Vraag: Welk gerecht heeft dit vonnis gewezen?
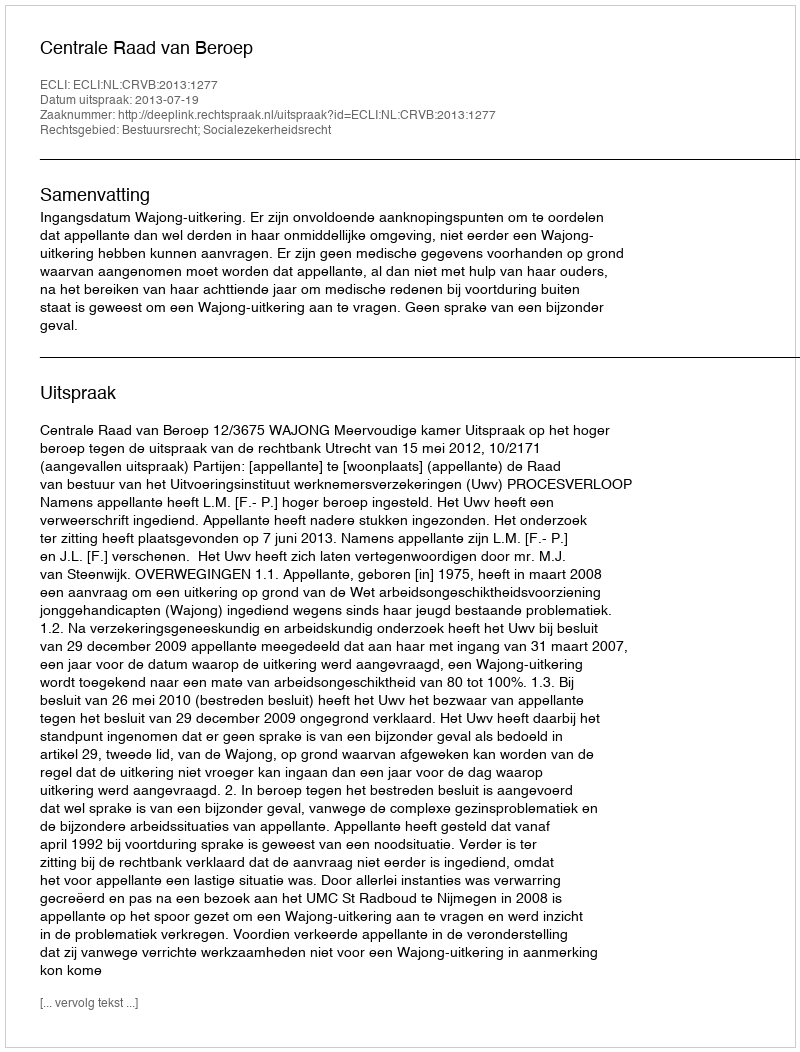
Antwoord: Centrale Raad van Beroep